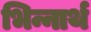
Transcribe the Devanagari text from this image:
भिन्नार्थ